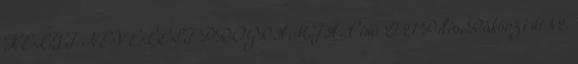
HELYI NEVELÉSI PROGRAMJA. Cím: 2721 Pilis, Rákóczi út 42.